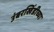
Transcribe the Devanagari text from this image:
उंबरखिंडीच्या